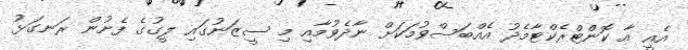
އެއީ އާ ކޮންޓްރެކްޓާމެދު އެއްބަސްވުމަކަށް ނާދެވުމާއި މި ސީޒަނުގައި ލީގުގެ ފެށުން ރަނގަޅު